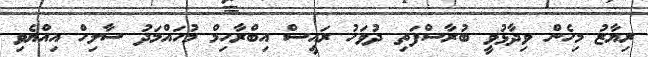
ރިޔާޒު މިހެން ވިދާޅުވީ ބުރާސްފަތި ދުވަހު ރައީސް އިބްރާހިމް މުހައްމަދު ސާލިހް އިއްޔެވި